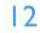
12